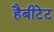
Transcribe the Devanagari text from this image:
हैबीटेट